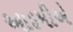
આદમીએ